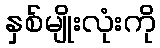
နှစ်မျိုးလုံးကို